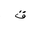
Letter: _qaf